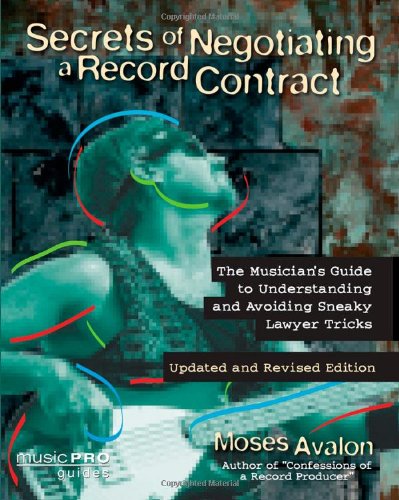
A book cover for Secrets of Negotiating a Record Contract: Music Pro Guides; Moses Avalon; Law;